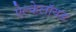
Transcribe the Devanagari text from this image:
ऐल्केलॉयड